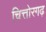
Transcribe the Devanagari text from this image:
चित्तोरगढ़